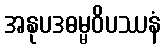
အနုပဒဓမ္မဝိပဿနံ